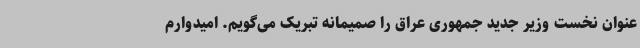
عنوان نخست وزیر جدید جمهوری عراق را صمیمانه تبریک می‌گویم. امیدوارم